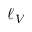
\ell _ { V }